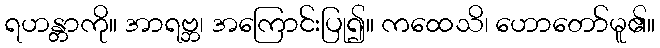
ရဟန္တာကို။ အာရဗ္ဘ၊ အကြောင်းပြု၍။ ကထေသိ၊ ဟောတော်မူ၏။